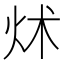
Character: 炢